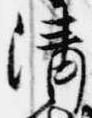
清